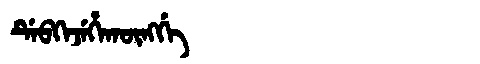
Manchu: ᡩᡝᠪᡴᡝᠵᡝᡥᠠᡴᡡᠩᡤᡝ
Romanization: DEBKEJEHAKŪNGGE